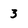
Character: 3